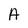
Character: A